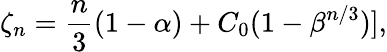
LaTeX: \zeta_{n}=\frac{n}{3}(1-\alpha)+C_{0}(1-\beta^{n/3})],